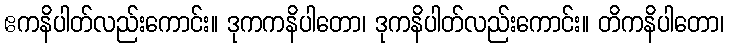
ဧကနိပါတ်လည်းကောင်း။ ဒုကကနိပါတော၊ ဒုကနိပါတ်လည်းကောင်း။ တိကနိပါတော၊